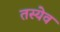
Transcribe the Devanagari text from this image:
तस्येव